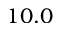
1 0 . 0